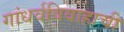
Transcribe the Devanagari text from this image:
गांधर्वविवाहाची